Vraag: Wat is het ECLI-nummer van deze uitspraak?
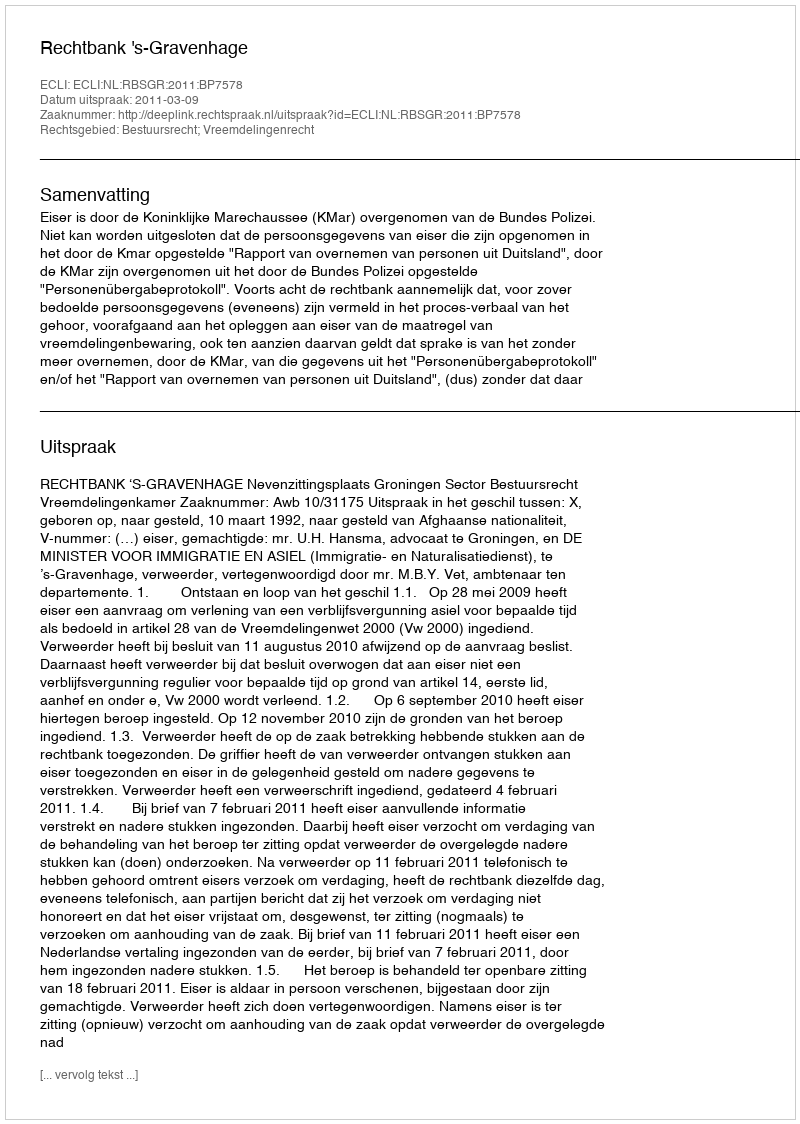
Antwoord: ECLI:NL:RBSGR:2011:BP7578